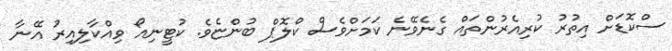
ސްކޮޑަށް އިތުރު ކުރިއެރުންތައް ގެނެވޭނެ ކަމަށްވެސް ކްލޮޕް ބުންޏެވެ. ކުޓީނިއޯ ވިއްކާލިއިރު އޭނާ